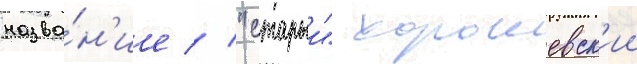
назва́н'ие // "старыи" хорошевск'ии